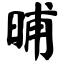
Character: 晡